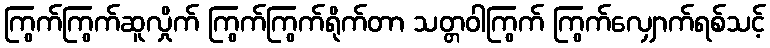
ကြွက်ကြွက်ဆူလှိုက် ကြွက်ကြွက်ရိုက်တာ သတ္တဝါကြွက် ကြွက်လျှောက်ရစ်သင့်